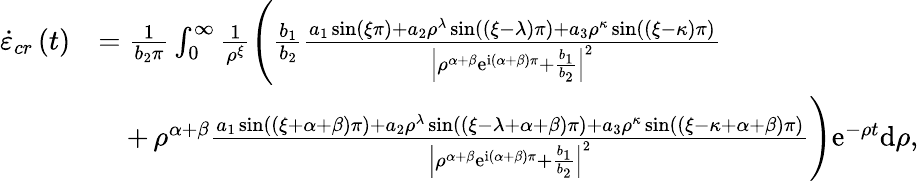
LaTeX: \begin{array}{rl}{\dot{\varepsilon}_{cr}\left(t\right)}&{=\frac{1}{b_{2}\pi}\int_{0}^{\infty}\frac{1}{\rho^{\xi}}\left(\frac{b_{1}}{b_{2}}\frac{a_{1}\sin\left(\xi\pi\right)+a_{2}\rho^{\lambda}\sin\left(\left(\xi-\lambda\right)\pi\right)+a_{3}\rho^{\kappa}\sin\left(\left(\xi-\kappa\right)\pi\right)}{\left\vert\rho^{\alpha+\beta}\mathrm{e}^{\mathrm{i}\left(\alpha+\beta\right)\pi}+\frac{b_{1}}{b_{2}}\right\vert^{2}}\right.}\\ &{\quad+\left.\rho^{\alpha+\beta}\frac{a_{1}\sin\left(\left(\xi+\alpha+\beta\right)\pi\right)+a_{2}\rho^{\lambda}\sin\left(\left(\xi-\lambda+\alpha+\beta\right)\pi\right)+a_{3}\rho^{\kappa}\sin\left(\left(\xi-\kappa+\alpha+\beta\right)\pi\right)}{\left\vert\rho^{\alpha+\beta}\mathrm{e}^{\mathrm{i}\left(\alpha+\beta\right)\pi}+\frac{b_{1}}{b_{2}}\right\vert^{2}}\right)\mathrm{e}^{-\rho t}\mathrm{d}\rho,}\end{array}